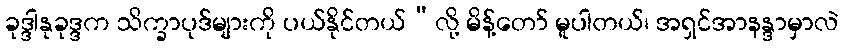
ခုဒ္ဒါနုခုဒ္ဒက သိက္ခာပုဒ်များကို ပယ်နိုင်တယ်”လို့ မိန့်တော် မူပါတယ်၊ အရှင်အာနန္ဒာမှာလဲ